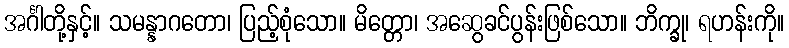
အင်္ဂါတို့နှင့်။ သမန္နာဂတော၊ ပြည့်စုံသော။ မိတ္တော၊ အဆွေခင်ပွန်းဖြစ်သော။ ဘိက္ခု၊ ရဟန်းကို။